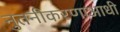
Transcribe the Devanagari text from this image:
नुतनीकरणाआधी